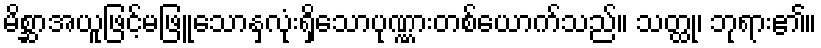
မိစ္ဆာအယူဖြင့်မဖြူသောနှလုံးရှိသောပုဏ္ဏားတစ်ယောက်သည်။ သတ္ထု၊ ဘုရား၏။